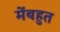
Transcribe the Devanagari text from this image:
मेंबहुत